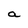
Character: a